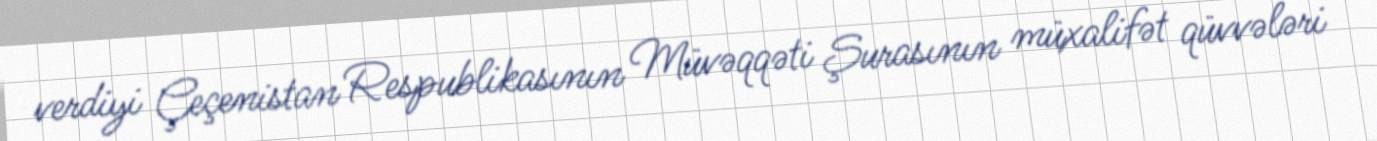
verdiyi Çeçenistan Respublikasının Müvəqqəti Şurasının müxalifət qüvvələri